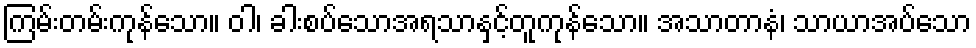
ကြမ်းတမ်းကုန်သော။ ဝါ၊ ခါးစပ်သောအရသာနှင့်တူကုန်သော။ အသာတာနံ၊ သာယာအပ်သော